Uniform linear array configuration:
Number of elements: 64
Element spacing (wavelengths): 0.25
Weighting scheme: hann
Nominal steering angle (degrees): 60
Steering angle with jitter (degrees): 61.682
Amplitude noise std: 0.05
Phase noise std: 0.05

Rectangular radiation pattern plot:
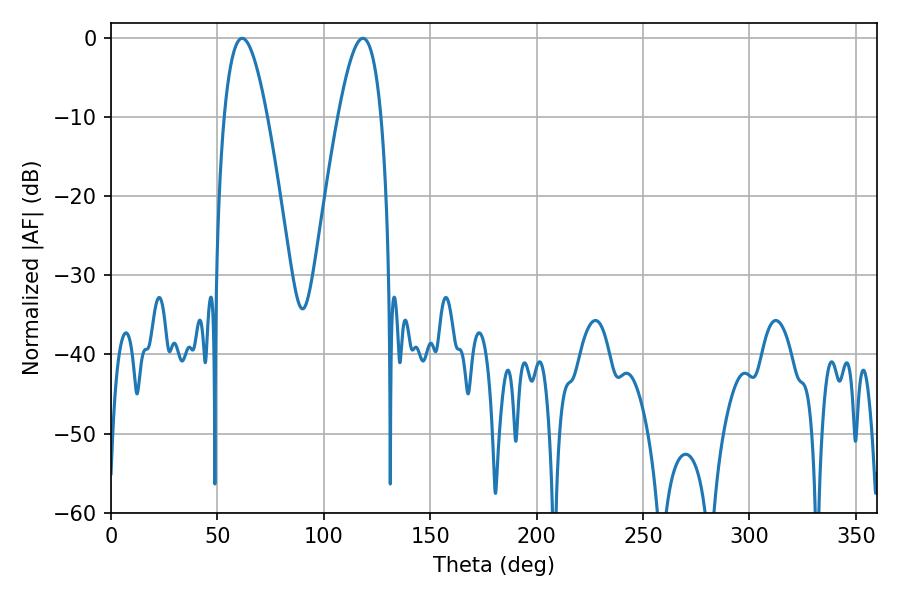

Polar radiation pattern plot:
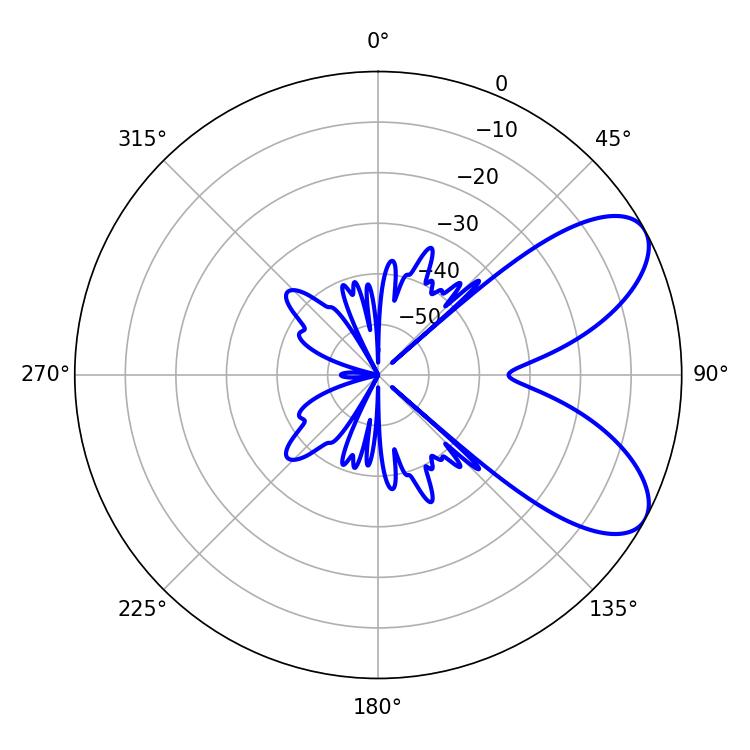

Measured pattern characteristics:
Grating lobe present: FALSE
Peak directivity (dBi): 7.347
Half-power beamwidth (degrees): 10.98
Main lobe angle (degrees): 61.56